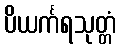
ပိယင်္ကရသုတ္တံ